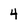
Character: 4